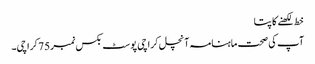
خط لکھنے کا پتا
آپ کی صحت ماہنامہ آنچل کراچی پوسٹ بکس نمبر75 کراچی۔